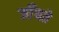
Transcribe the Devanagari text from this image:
जॉँचते